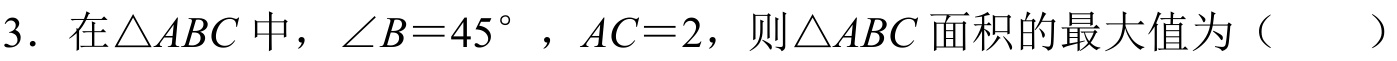
3. 在\(\triangle ABC\)中，\(\angle B = 45^{\circ}\)，\(AC = 2\)，则\(\triangle ABC\)面积的最大值为（  ）